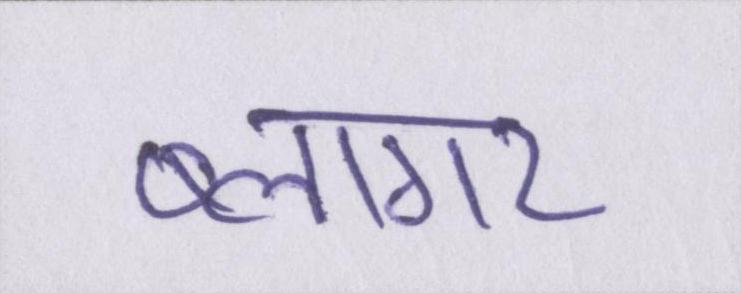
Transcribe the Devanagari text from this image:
ब्लागर